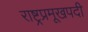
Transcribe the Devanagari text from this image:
राष्ट्रप्रमूखपदी